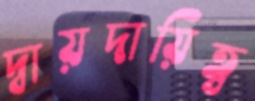
দ্বায়দায়িত্ব